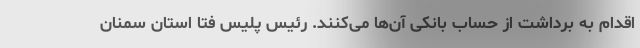
اقدام به برداشت از حساب بانکی آن‌ها می‌کنند. رئیس پلیس فتا استان سمنان